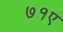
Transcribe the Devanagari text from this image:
७१ए